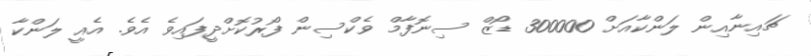
ޗައިނާއިން ލަންކާއަށް 300000 ޑޯޒް ސިނޮފާމް ވެކްސިން ފޯރުކޮށްދީފައިވެ އެވެ. އެއީ ލަންކާ